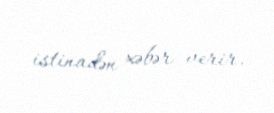
istinadən xəbər verir.